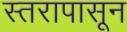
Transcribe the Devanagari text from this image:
स्तरापासून